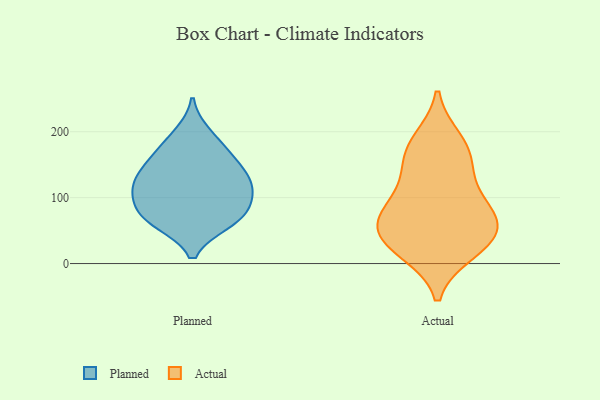
{"axis": {"x": "Active Users", "y": "Value"}, "legend": ["Actual", "Planned"], "data": [{"x": "", "y": 106, "type": "Planned"}, {"x": "", "y": 197, "type": "Planned"}, {"x": "", "y": 88, "type": "Planned"}, {"x": "", "y": 67, "type": "Planned"}, {"x": "", "y": 115, "type": "Planned"}, {"x": "", "y": 140, "type": "Planned"}, {"x": "", "y": 119, "type": "Planned"}, {"x": "", "y": 120, "type": "Planned"}, {"x": "", "y": 147, "type": "Planned"}, {"x": "", "y": 177, "type": "Planned"}, {"x": "", "y": 80, "type": "Planned"}, {"x": "", "y": 160, "type": "Planned"}, {"x": "", "y": 62, "type": "Planned"}, {"x": "", "y": 63, "type": "Planned"}, {"x": "", "y": 41, "type": "Actual"}, {"x": "", "y": 157, "type": "Actual"}, {"x": "", "y": 102, "type": "Actual"}, {"x": "", "y": 18, "type": "Actual"}, {"x": "", "y": 21, "type": "Actual"}, {"x": "", "y": 73, "type": "Actual"}, {"x": "", "y": 187, "type": "Actual"}, {"x": "", "y": 138, "type": "Actual"}, {"x": "", "y": 177, "type": "Actual"}, {"x": "", "y": 70, "type": "Actual"}, {"x": "", "y": 46, "type": "Actual"}, {"x": "", "y": 47, "type": "Actual"}, {"x": "", "y": 85, "type": "Actual"}]}